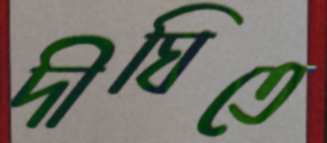
দীঘিতে